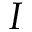
I